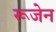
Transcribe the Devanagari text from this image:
रूजेन